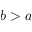
b > a